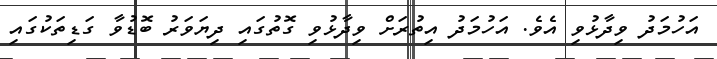
އަހުމަދު ވިދާޅުވި އެވެ. އަހުމަދު އިތުރަށް ވިދާޅުވި ގޮތުގައި ދިޔަވަރު ބޮޑުވާ ގަޑިތަކުގައި